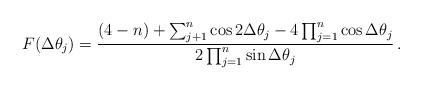
LaTeX: \begin{align*}F(\Delta\theta_j)=\frac{(4-n)+\sum_{j+1}^n\cos2\Delta\theta_j-4\prod_{j=1}^n \cos\Delta\theta_j}{2\prod_{j=1}^n\sin\Delta\theta_j}\,.\end{align*}